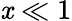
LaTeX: \mathit{x}\ll1